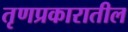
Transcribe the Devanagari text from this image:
तृणप्रकारातील